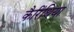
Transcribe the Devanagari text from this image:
कैरिंथिया